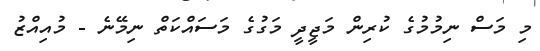
މި މަސް ނިމުމުގެ ކުރިން މަޖީދީ މަގުގެ މަސައްކަތް ނިމޭނެ - މުއިއްޒު